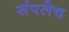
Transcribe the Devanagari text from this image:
संपलेच